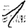
Digit: 1